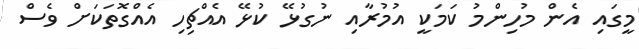
މީގައި އެން މުހިންމު ކަމަކީ އުމުރާއި ނުގުޅޭ ކުޅޭ އެއްޗިހި އެއްގޮތަކަށް ވެސް